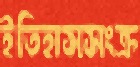
ইতিহাসসংক্র